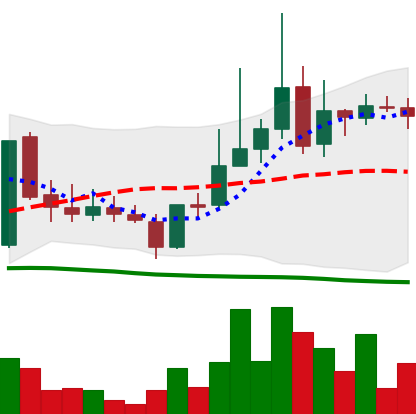
Ticker: LINK-USD
Chart end date: 2019-03-16
Forward return: -5.053%
Label: down_5_7